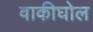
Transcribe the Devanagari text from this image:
वाकीघोल